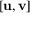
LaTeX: [ \mathbf { u } , \mathbf { v } ]